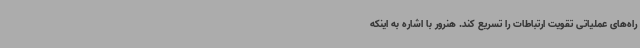
راه‌های عملیاتی تقویت ارتباطات را تسریع کند. هنرور با اشاره به اینکه